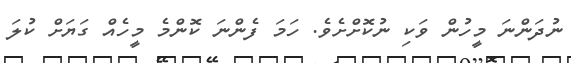
ނުދަންނަ މީހުން ވަކި ނުކޮށްށެވެ. ހަމަ ފެންނަ ކޮންމެ މީހެއް ގަޔަށް ކުލަ